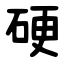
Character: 硬